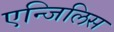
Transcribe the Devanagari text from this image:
एन्जिलिस